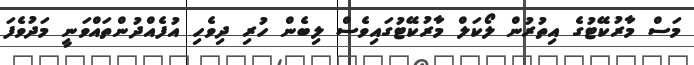
މަސް މާރުކޭޓުގެ އިތުރުން ލޯކަލް މާރުކޭޓުގައިވެސް ލިބެން ހުރި ދިވެހި އުފެއްދުންތައްވަނީ މަދުވެފަ